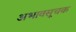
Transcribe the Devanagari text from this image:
अभावसूचक